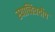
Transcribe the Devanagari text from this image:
स्याच्चित्रदीप